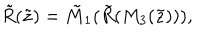
{ \tilde { R } } ( { \tilde { z } } ) = { \tilde { M } } _ { 1 } ( { \tilde { R } } ( M _ { 3 } ( { \tilde { z } } ) ) ) ,